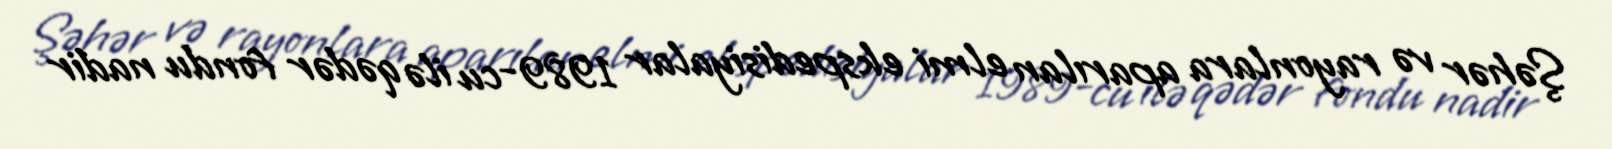
Şəhər və rayonlara aparılan elmi ekspedisiyalar 1989-cu ilə qədər fondu nadir